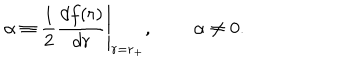
LaTeX: \alpha \equiv { \frac { 1 } { 2 } } \left. { \frac { d f ( r ) } { d r } } \right| _ { r = r _ { + } } , \, \alpha \neq 0 .